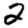
Digit: 2